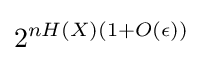
2^{nH(X)(1+O(\epsilon ))}